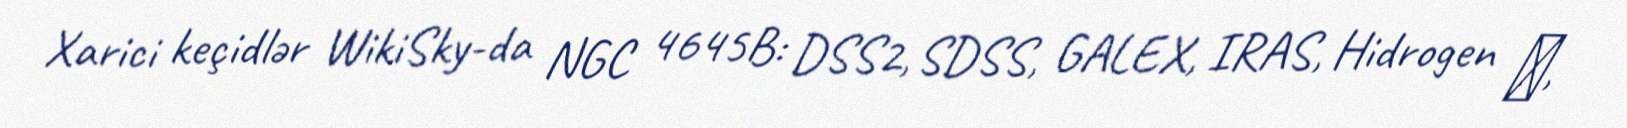
Xarici keçidlər WikiSky-da NGC 4645B: DSS2, SDSS, GALEX, IRAS, Hidrogen α,